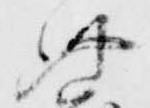
此